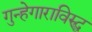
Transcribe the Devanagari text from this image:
गुन्हेगाराविरुद्ध